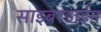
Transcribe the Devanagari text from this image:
साइबरडाईन